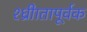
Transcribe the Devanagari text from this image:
श्ध्रीातापूर्वक